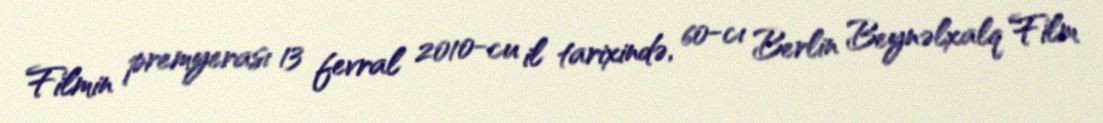
Filmin premyerası 13 fevral 2010-cu il tarixində, 60-cı Berlin Beynəlxalq Film